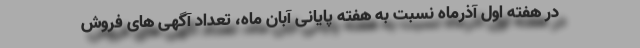
در هفته اول آذرماه نسبت به هفته پایانی آبان ماه، تعداد آگهی های فروش